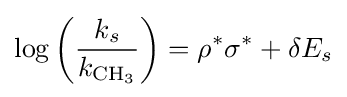
\log \left({\frac {k_{s}}{k_{{\ce {CH3}}}}}\right)=\rho ^{*}\sigma ^{*}+\delta E_{s}